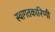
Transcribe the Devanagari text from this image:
स्वागतकारिणी